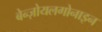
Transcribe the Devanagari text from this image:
बेन्ज़ोयलगोनाइन